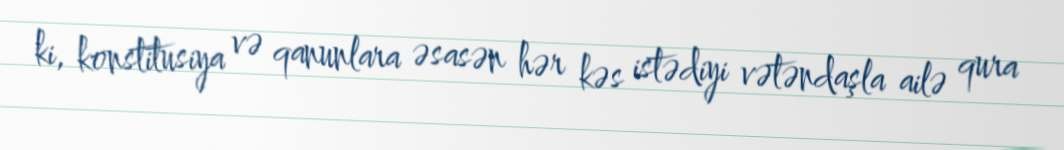
ki, konstitusiya və qanunlara əsasən hər kəs istədiyi vətəndaşla ailə qura